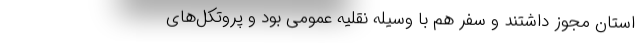
استان مجوز داشتند و سفر هم با وسیله نقلیه عمومی بود و پروتکل‌های